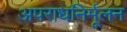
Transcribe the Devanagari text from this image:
अपराधनिर्मूलन